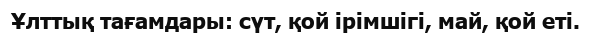
Ұлттық тағамдары: сүт, қой ірімшігі, май, қой еті.